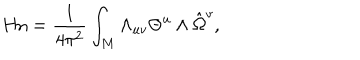
LaTeX: \mathrm { H n } = { \frac { 1 } { 4 \pi ^ { 2 } } } \int _ { M } \Lambda _ { u v } \Theta ^ { u } \wedge \hat { \Omega } ^ { v } ,